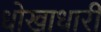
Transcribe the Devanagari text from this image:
धोखाधारी